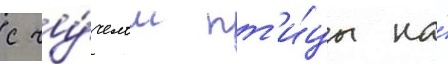
с чу́челом пт'и́цы на́